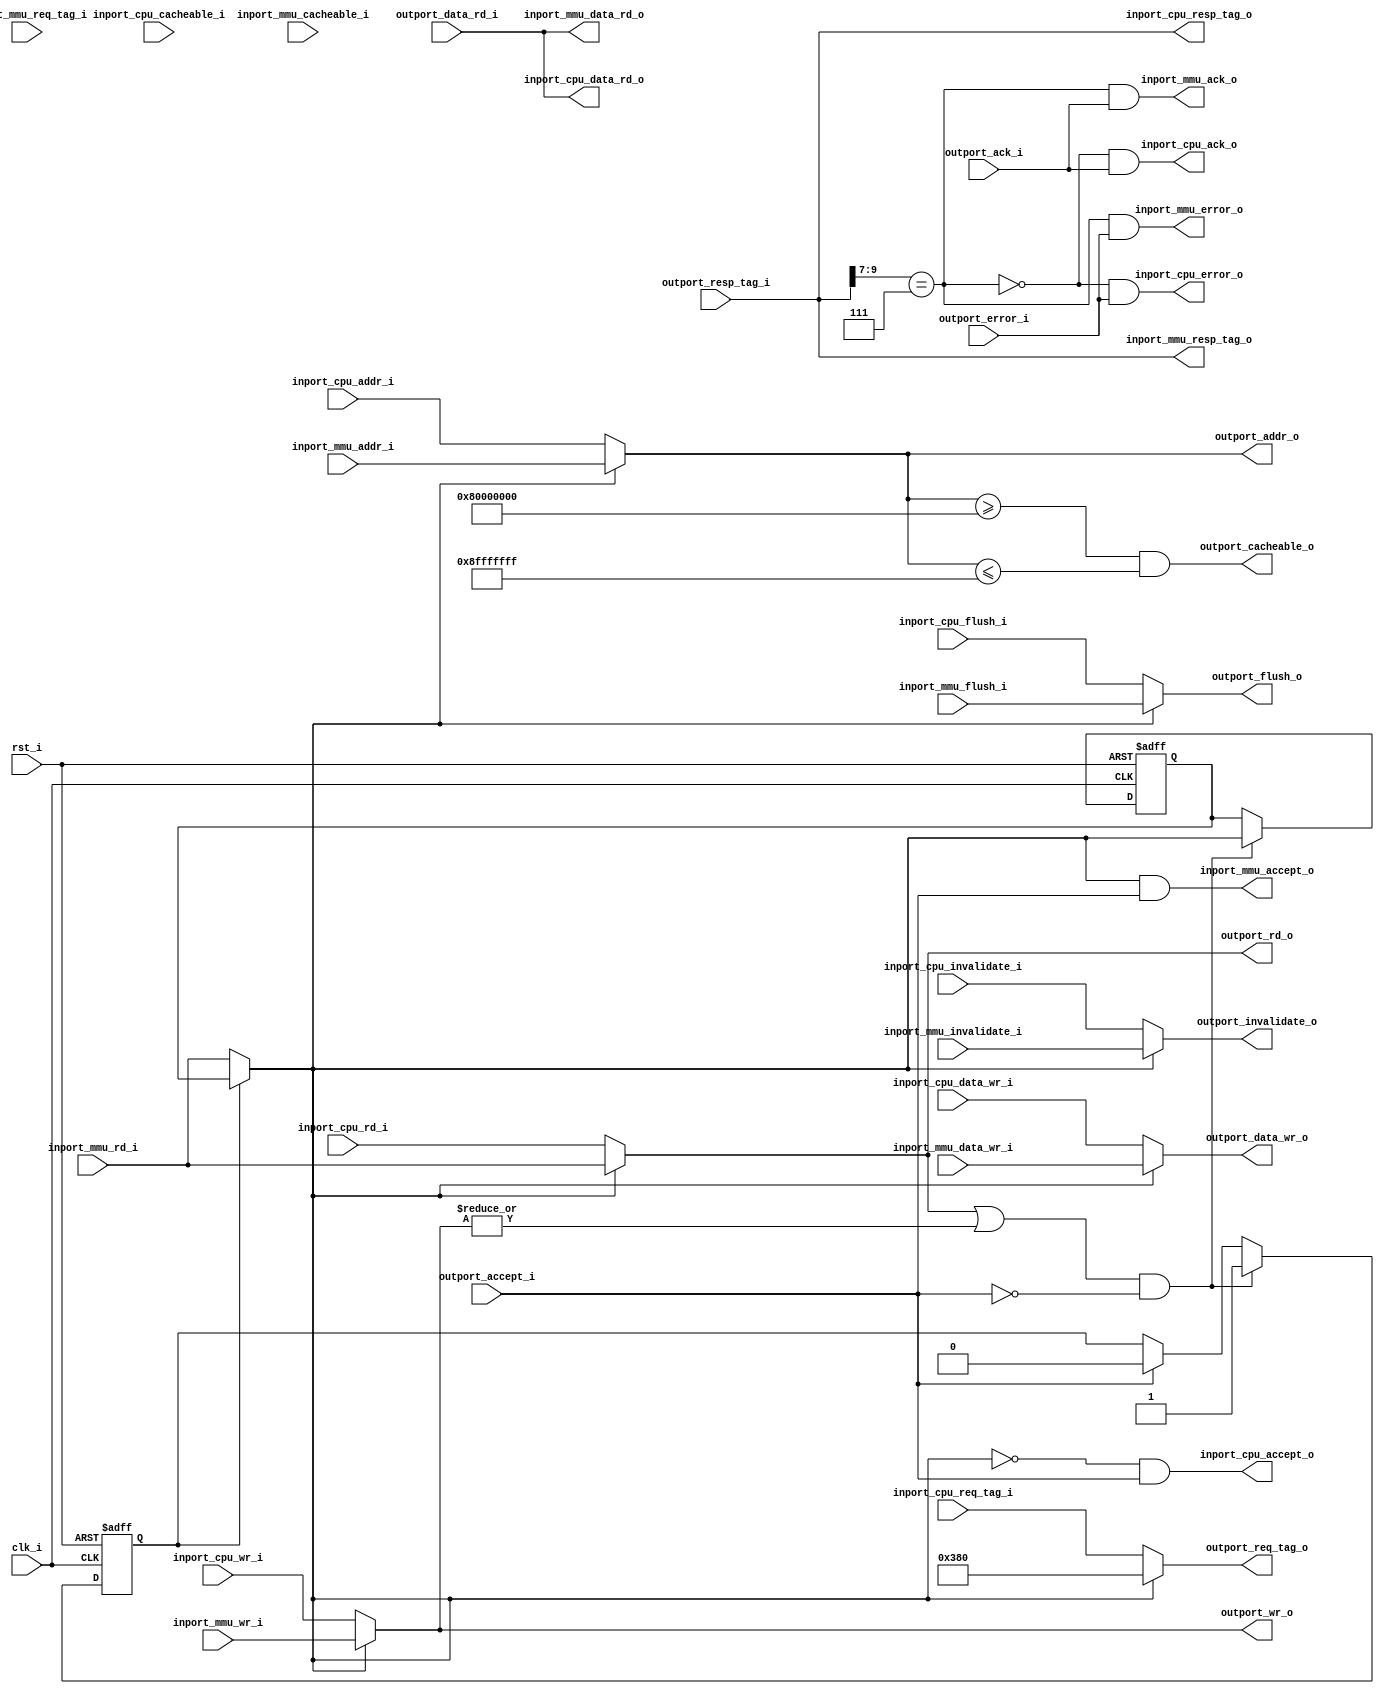
//-----------------------------------------------------------------
//                         RISC-V Core
//                            V0.9.7
//                     Ultra-Embedded.com
//                     Copyright 2014-2019
//
//                   admin@ultra-embedded.com
//
//                       License: BSD
//-----------------------------------------------------------------
//
// Copyright (c) 2014-2019, Ultra-Embedded.com
// All rights reserved.
// 
// Redistribution and use in source and binary forms, with or without
// modification, are permitted provided that the following conditions 
// are met:
//   - Redistributions of source code must retain the above copyright
//     notice, this list of conditions and the following disclaimer.
//   - Redistributions in binary form must reproduce the above copyright
//     notice, this list of conditions and the following disclaimer 
//     in the documentation and/or other materials provided with the 
//     distribution.
//   - Neither the name of the author nor the names of its contributors 
//     may be used to endorse or promote products derived from this 
//     software without specific prior written permission.
// 
// THIS SOFTWARE IS PROVIDED BY THE COPYRIGHT HOLDERS AND CONTRIBUTORS 
// "AS IS" AND ANY EXPRESS OR IMPLIED WARRANTIES, INCLUDING, BUT NOT 
// LIMITED TO, THE IMPLIED WARRANTIES OF MERCHANTABILITY AND FITNESS FOR 
// A PARTICULAR PURPOSE ARE DISCLAIMED. IN NO EVENT SHALL THE AUTHOR BE 
// LIABLE FOR ANY DIRECT, INDIRECT, INCIDENTAL, SPECIAL, EXEMPLARY, OR 
// CONSEQUENTIAL DAMAGES (INCLUDING, BUT NOT LIMITED TO, PROCUREMENT OF 
// SUBSTITUTE GOODS OR SERVICES; LOSS OF USE, DATA, OR PROFITS; OR 
// BUSINESS INTERRUPTION) HOWEVER CAUSED AND ON ANY THEORY OF 
// LIABILITY, WHETHER IN CONTRACT, STRICT LIABILITY, OR TORT
// (INCLUDING NEGLIGENCE OR OTHERWISE) ARISING IN ANY WAY OUT OF 
// THE USE OF THIS SOFTWARE, EVEN IF ADVISED OF THE POSSIBILITY OF 
// SUCH DAMAGE.
//-----------------------------------------------------------------

module riscv_mmu_arb
(
    // Inputs
     input           clk_i
    ,input           rst_i
    ,input  [ 31:0]  inport_cpu_addr_i
    ,input  [ 31:0]  inport_cpu_data_wr_i
    ,input           inport_cpu_rd_i
    ,input  [  3:0]  inport_cpu_wr_i
    ,input           inport_cpu_cacheable_i
    ,input  [ 10:0]  inport_cpu_req_tag_i
    ,input           inport_cpu_invalidate_i
    ,input           inport_cpu_flush_i
    ,input  [ 31:0]  inport_mmu_addr_i
    ,input  [ 31:0]  inport_mmu_data_wr_i
    ,input           inport_mmu_rd_i
    ,input  [  3:0]  inport_mmu_wr_i
    ,input           inport_mmu_cacheable_i
    ,input  [ 10:0]  inport_mmu_req_tag_i
    ,input           inport_mmu_invalidate_i
    ,input           inport_mmu_flush_i
    ,input  [ 31:0]  outport_data_rd_i
    ,input           outport_accept_i
    ,input           outport_ack_i
    ,input           outport_error_i
    ,input  [ 10:0]  outport_resp_tag_i

    // Outputs
    ,output [ 31:0]  inport_cpu_data_rd_o
    ,output          inport_cpu_accept_o
    ,output          inport_cpu_ack_o
    ,output          inport_cpu_error_o
    ,output [ 10:0]  inport_cpu_resp_tag_o
    ,output [ 31:0]  inport_mmu_data_rd_o
    ,output          inport_mmu_accept_o
    ,output          inport_mmu_ack_o
    ,output          inport_mmu_error_o
    ,output [ 10:0]  inport_mmu_resp_tag_o
    ,output [ 31:0]  outport_addr_o
    ,output [ 31:0]  outport_data_wr_o
    ,output          outport_rd_o
    ,output [  3:0]  outport_wr_o
    ,output          outport_cacheable_o
    ,output [ 10:0]  outport_req_tag_o
    ,output          outport_invalidate_o
    ,output          outport_flush_o
);



//-----------------------------------------------------------------
// Request Muxing
//-----------------------------------------------------------------
reg  read_hold_q;
reg  src_mmu_q;
wire src_mmu_w = read_hold_q ? src_mmu_q : inport_mmu_rd_i;

always @ (posedge clk_i or posedge rst_i)
if (rst_i)
begin
    read_hold_q  <= 1'b0;
    src_mmu_q    <= 1'b0;
end
else if ((outport_rd_o || (|outport_wr_o)) && !outport_accept_i)
begin
    read_hold_q  <= 1'b1;
    src_mmu_q    <= src_mmu_w;
end
else if (outport_accept_i)
    read_hold_q  <= 1'b0;

/* verilator lint_off UNSIGNED */
/* verilator lint_off CMPCONST */
wire cacheable_w  = outport_addr_o >= 32'h80000000 && outport_addr_o <= 32'h8fffffff;
/* verilator lint_on CMPCONST */
/* verilator lint_on UNSIGNED */

assign outport_addr_o       = src_mmu_w ? inport_mmu_addr_i       : inport_cpu_addr_i;
assign outport_data_wr_o    = src_mmu_w ? inport_mmu_data_wr_i    : inport_cpu_data_wr_i;
assign outport_rd_o         = src_mmu_w ? inport_mmu_rd_i         : inport_cpu_rd_i;
assign outport_wr_o         = src_mmu_w ? inport_mmu_wr_i         : inport_cpu_wr_i;
assign outport_cacheable_o  = cacheable_w;
assign outport_req_tag_o    = src_mmu_w ? {1'b0, 3'b111, 7'b0}    : inport_cpu_req_tag_i;
assign outport_invalidate_o = src_mmu_w ? inport_mmu_invalidate_i : inport_cpu_invalidate_i;
assign outport_flush_o      = src_mmu_w ? inport_mmu_flush_i      : inport_cpu_flush_i;

assign inport_mmu_accept_o  = src_mmu_w  & outport_accept_i;
assign inport_cpu_accept_o  = ~src_mmu_w & outport_accept_i;

//-----------------------------------------------------------------
// Response Routing
//-----------------------------------------------------------------
// Magic combo used only by MMU
wire resp_mmu_w = (outport_resp_tag_i[9:7] == 3'b111);

assign inport_cpu_data_rd_o  =  outport_data_rd_i;
assign inport_cpu_ack_o      = ~resp_mmu_w & outport_ack_i;
assign inport_cpu_error_o    = ~resp_mmu_w & outport_error_i;
assign inport_cpu_resp_tag_o =  outport_resp_tag_i;

assign inport_mmu_data_rd_o  =  outport_data_rd_i;
assign inport_mmu_ack_o      =  resp_mmu_w & outport_ack_i;
assign inport_mmu_error_o    =  resp_mmu_w &outport_error_i;
assign inport_mmu_resp_tag_o =  outport_resp_tag_i;




endmodule